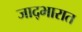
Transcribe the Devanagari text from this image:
जाद्भारात